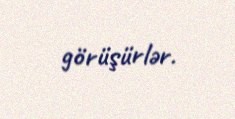
görüşürlər.